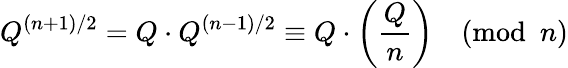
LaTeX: Q^{(n+1)/2}=Q\cdot Q^{(n-1)/2}\equiv Q\cdot\left({\frac{Q}{n}}\right){\pmod{n}}